Indian journal of veterinary science and animal husbandry - Volumes 24-25, 1954-1955
Year: 1954
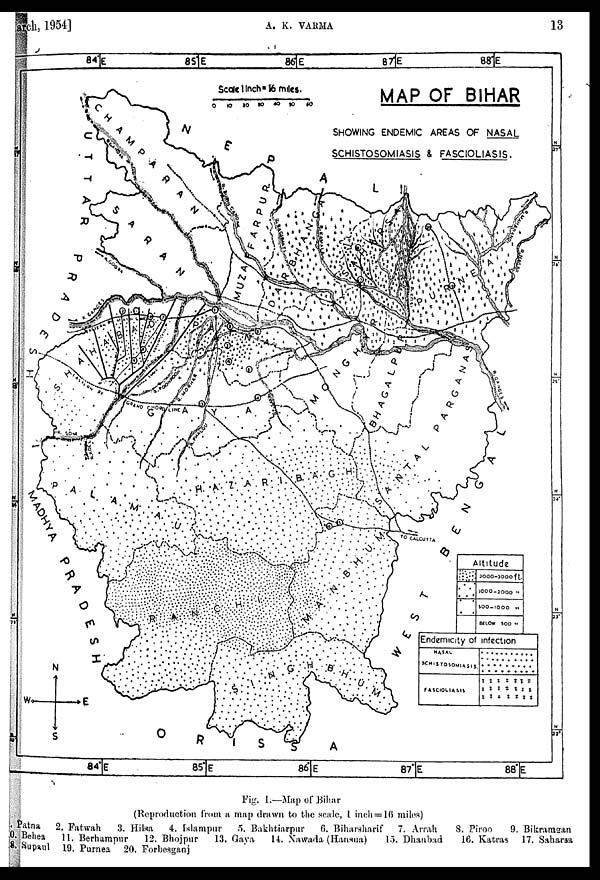
arch, 1954]
A.
K.
VARMA
13
Fig. 1.—Map of Bihar
(Reproduction from a map drawn to the scale, 1 inch = 16 miles)
Patna
2. Fatwah
3. Hilsa
4. Islampur 5. Bakhtiarpur
6. Biharsharif
7. Arrah
8. Piroo
9. Bikramgan
10. Behea
11. Berhampur
12. Bhojpur
13. Gaya 14. Nawada (Hansua)
15. Dhanbad
16. Katras 17. Saharsa
18. Supaul 19. Purnea 20. Forbesganj